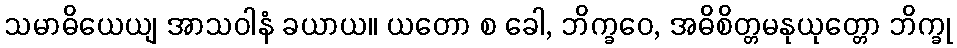
သမာဓိယေယျ အာသဝါနံ ခယာယ။ ယတော စ ခေါ, ဘိက္ခဝေ, အဓိစိတ္တမနုယုတ္တော ဘိက္ခု